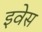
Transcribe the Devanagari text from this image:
इवेस